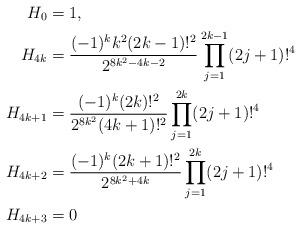
LaTeX: \begin{align*}H_0&=1,\\H_{4k}&= \frac{ (-1)^{k}k^2(2k-1)!^2 }{ 2^{8k^2-4k-2} }\prod_{j=1}^{2k-1}(2j+1)!^4 \\H_{4k+1}&= \frac{ (-1)^{k}(2k)!^2 }{ 2^{8k^2} (4k+1)!^2 }\prod_{j=1}^{2k}(2j+1)!^4 \\H_{4k+2}&= \frac{ (-1)^{k}(2k+1)!^2 }{ 2^{8k^2+4k} }\prod_{j=1}^{2k}(2j+1)!^4 \\H_{4k+3}&=0\end{align*}